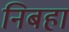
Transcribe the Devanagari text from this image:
निबहा